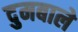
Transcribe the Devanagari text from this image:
दुमबाले